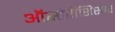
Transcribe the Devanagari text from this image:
ऑस्टेरीशिस्षर